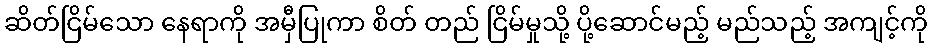
ဆိတ်ငြိမ်သော နေရာကို အမှီပြုကာ စိတ် တည် ငြိမ်မှုသို့ ပို့ဆောင်မည့် မည်သည့် အကျင့်ကို